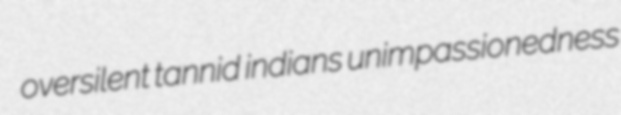
oversilent tannid indians unimpassionedness